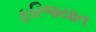
ફરિજયાત